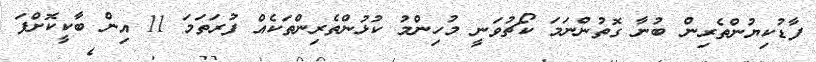
ފާޑުކިޔުންތެރިން ބުނާ ގޮތުންނަމަ ކޯޗުވަނީ މުހިންމު ކުޅުންތެރިންތަކެއް ފުރަތަމަ 11 އިން ބާކީކޮށްފަ